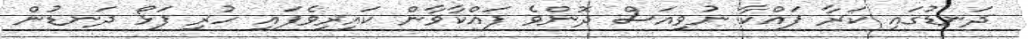
ދަނޑުގައި ކަރާ ފައްކާ ނުވިއަސް ދޮންވެ ފައްކާވާން ކައިރިވެފައި ހުރި ފަޅޯ ދަނޑުން